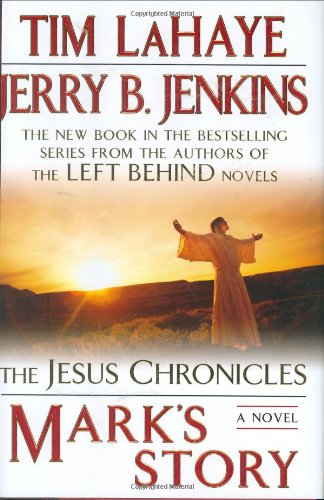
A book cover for Mark's Story:(Jesus Chronicles (Putnam)); Tim LaHaye; Christian Books & Bibles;